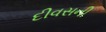
દીવસની